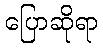
ပြောဆိုရာ